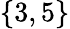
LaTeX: \{ 3,5\}